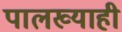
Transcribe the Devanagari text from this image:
पालख्याही